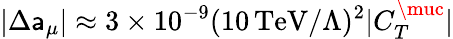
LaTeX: |\Delta\mathsf{a}_{\mu}|\approx3\times10^{-9}(10\, \mathrm{{TeV}}/\Lambda)^{2}|C_{T}^{\muc}|